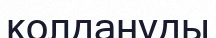
колдануды